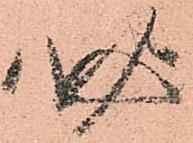
必